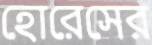
হোরেসের